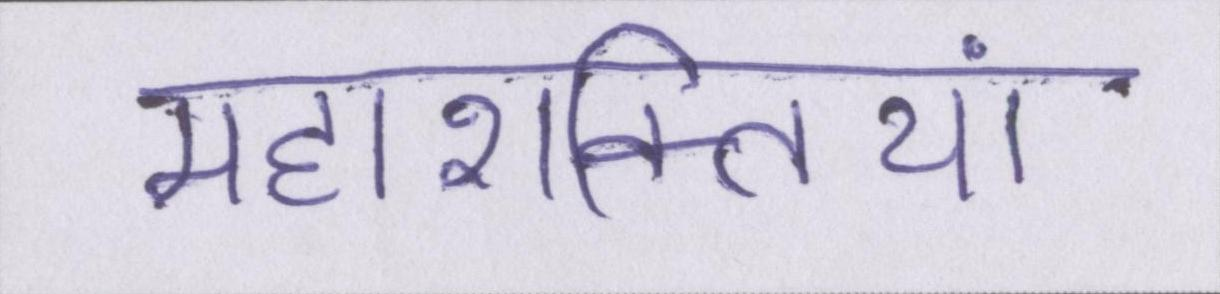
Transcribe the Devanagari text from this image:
महाशक्तियां